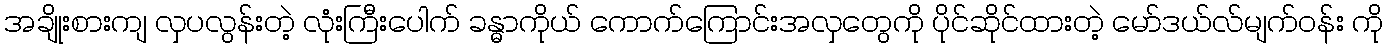
အချိုးစားကျ လှပလွန်းတဲ့ လုံးကြီးပေါက် ခန္ဓာကိုယ် ကောက်ကြောင်းအလှတွေကို ပိုင်ဆိုင်ထားတဲ့ မော်ဒယ်လ်မျက်ဝန်း ကို